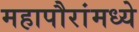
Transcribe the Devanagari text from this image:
महापौरांमध्ये